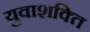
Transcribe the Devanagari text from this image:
युवाशक्‍ित